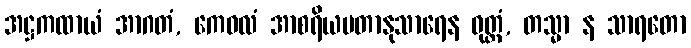
အဋ္ဌကထာယံ အာဂတံ, ကေဝလံ အာစရိယမတာနုသာရေန ဝုတ္တံ, တသ္မာ န သာရတော